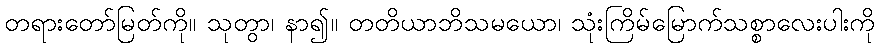
တရားတော်မြတ်ကို။ သုတွာ၊ နာ၍။ တတိယာဘိသမယော၊ သုံးကြိမ်မြောက်သစ္စာလေးပါးကို